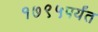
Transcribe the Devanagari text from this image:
१७९५पर्यंत